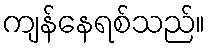
ကျန်နေရစ်သည်။